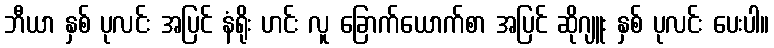
ဘီယာ နှစ် ပုလင်း အပြင် နံရိုး ဟင်း လူ ခြောက်ယောက်စာ အပြင် ဆိုဂျူး နှစ် ပုလင်း ပေးပါ။